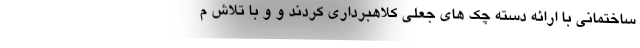
ساختمانی با ارائه دسته چک های جعلی کلاهبرداری کردند و و با تلاش م